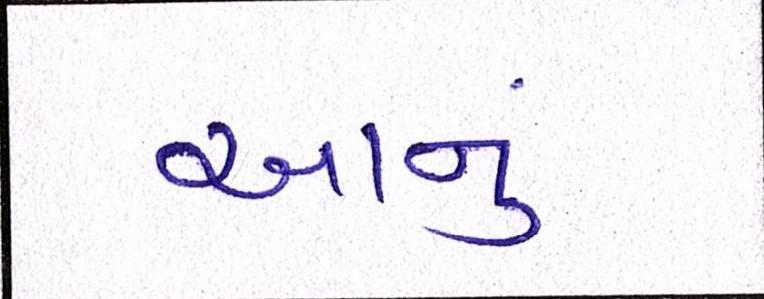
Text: આનું